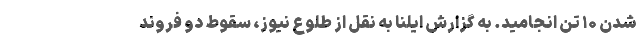
شدن ۱۰ تن انجامید. به گزارش ایلنا به نقل از طلوع نیوز، سقوط دو فروند